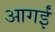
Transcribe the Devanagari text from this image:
आगईं